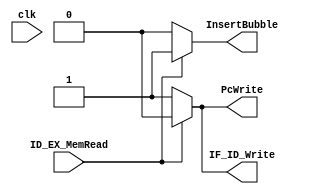
module Hazard(PcWrite, IF_ID_Write, InsertBubble, ID_EX_MemRead, clk);
	
	output reg PcWrite;
	output reg IF_ID_Write;
	output reg InsertBubble;
	input ID_EX_MemRead;
	input clk;
	
	//Stage 1 Add input PcWrite,
	//Stage 2 Add Input IF_ID_Write, input InsertBubble
	//Stage 3 Add output ID_EX_MemRead
	initial begin
		PcWrite = 1;
		IF_ID_Write = 1;
		InsertBubble = 0;
	end
	
	
	always @(*) begin
		$display("Hazard: MemRead: %x", ID_EX_MemRead);
		if(ID_EX_MemRead) begin
			PcWrite = 0;
			IF_ID_Write = 0;
			InsertBubble = 1;
		end
		else begin
			PcWrite = 1;
			IF_ID_Write = 1;
			InsertBubble = 0;
		end
	end
	
endmodule